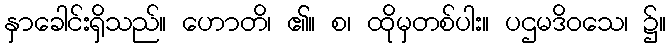
နှာခေါင်းရှိသည်။ ဟောတိ၊ ၏။ စ၊ ထိုမှတစ်ပါး။ ပဌမဒိဝသေ၊ ၌။